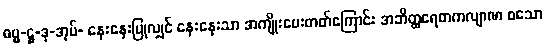
ဓမ္မ-ဋ္ဌ-ဒု-အုပ်- နှေးနှေးပြုလျှင် နှေးနှေးသာ အကျိုးပေးတတ်ကြောင်း အဘိတ္ထရေတကလျာဏ စသော